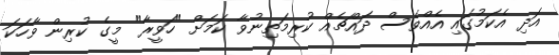
އަދި އެކަމުގައި އެއްވެސް ދައްޗެއް ކުރިމަތިނުވާ ކަމަށް "ހަވީރާ" މީގެ ކުރިން ވާހަކަ